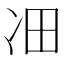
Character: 𪞛